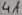
Text: 4A